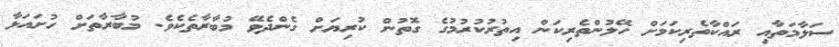
ސަލާމަތާއި ރައްކާތެރިކަމަށް ހޭލުންތެރިކަން އިތުރުކުރުމުގެ ގޮތުން ކުރިޔަށް ގެންދެވޭ މުބާރާތެކެވެ. މުބާރާތަށް ހުށައަޅާ